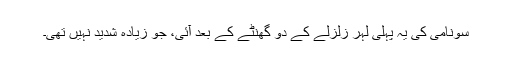
سونامی کی یہ پہلی لہر زلزلے کے دو گھنٹے کے بعد آئی، جو زیادہ شدید نہیں تھی۔